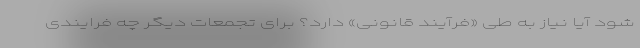
شود آیا نیاز به طی «فرآیند قانونی» دارد؟ برای تجمعات دیگر چه فرایندی